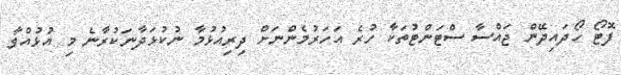
ފޮޓޯ ހޯދައިދޭން ޖައްސާ ސްޓަންޓުތަކާ ހުރެ އަހަރުމެންނަށް ދިރިއުޅުމާ ނުކުޅަދާނަކުރާނެ މި އުޅުއްވާ